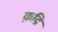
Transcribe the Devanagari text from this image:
क़द्रि